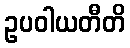
ဥပဝါယတီတိ